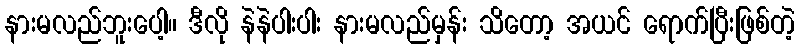
နားမလည်ဘူးပေါ့။ ဒီလို နဲနဲပါးပါး နားမလည်မှန်း သိတော့ အယင် ရောက်ပြီးဖြစ်တဲ့